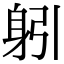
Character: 𨈧